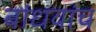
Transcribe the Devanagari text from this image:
बांधवांच